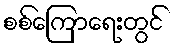
စစ်ကြောရေးတွင်